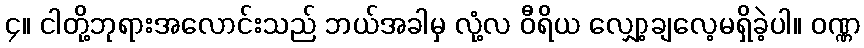
၄။ ငါတို့ဘုရားအလောင်းသည် ဘယ်အခါမှ လုံ့လ ဝီရိယ လျှော့ချလေ့မရှိခဲ့ပါ။ ဝဏ္ဏ